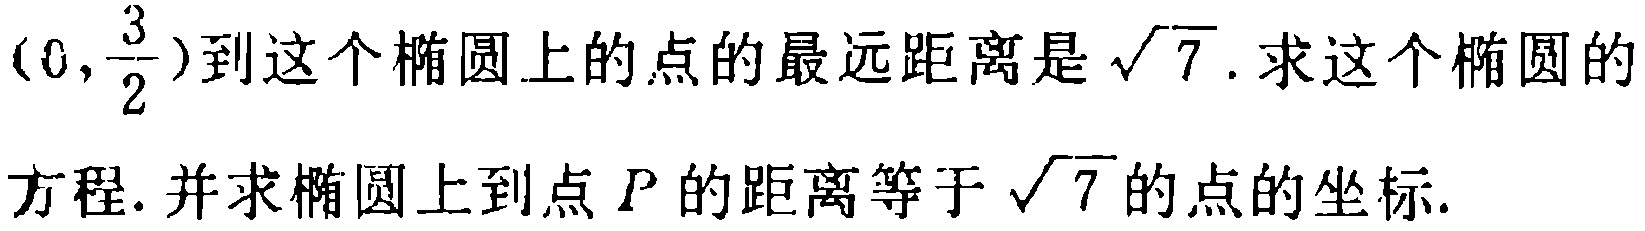
$(0,\frac{3}{2})$到这个椭圆上的点的最远距离是$\sqrt{7}$. 求这个椭圆的方程. 并求椭圆上到点$P$的距离等于$\sqrt{7}$的点的坐标.